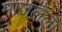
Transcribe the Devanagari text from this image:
माजलेला